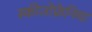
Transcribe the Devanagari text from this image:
स्कीजोफ्रेनिया